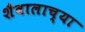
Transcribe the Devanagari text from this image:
शैवालाच्या